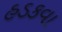
હડકવા